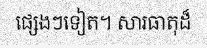
ផ្សេងៗទៀត។ សារធាតុដ៏